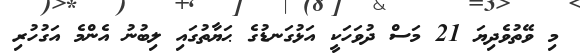
މި ވޭތުވެދިޔަ 21 މަސް ދުވަހަކީ އަޅުގަނޑުގެ ޙަޔާތުގައި ލިބުނު އެންމެ އަގުހުރި